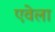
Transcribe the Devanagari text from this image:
एवेला